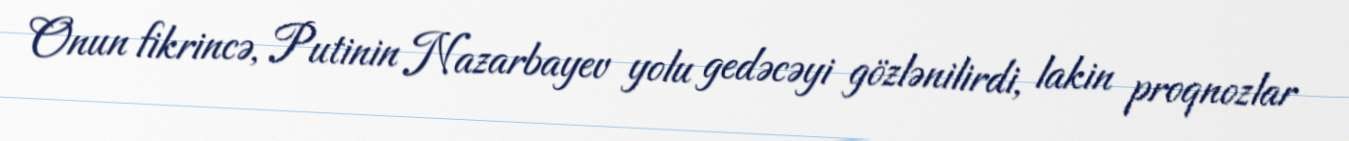
Onun fikrincə, Putinin Nazarbayev yolu gedəcəyi gözlənilirdi, lakin proqnozlar